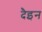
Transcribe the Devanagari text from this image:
दैइन